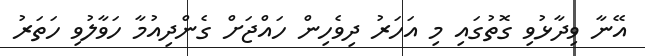
އޭނާ ވިދާޅުވި ގޮތުގައި މި އަހަރު ދިވެހިން ހައްޖަށް ގެންދިއުމާ ހަވާލުވި ހަތަރު